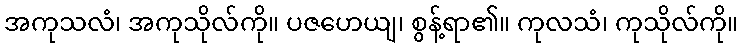
အကုသလံ၊ အကုသိုလ်ကို။ ပဇဟေယျ၊ စွန့်ရာ၏။ ကုလသံ၊ ကုသိုလ်ကို။